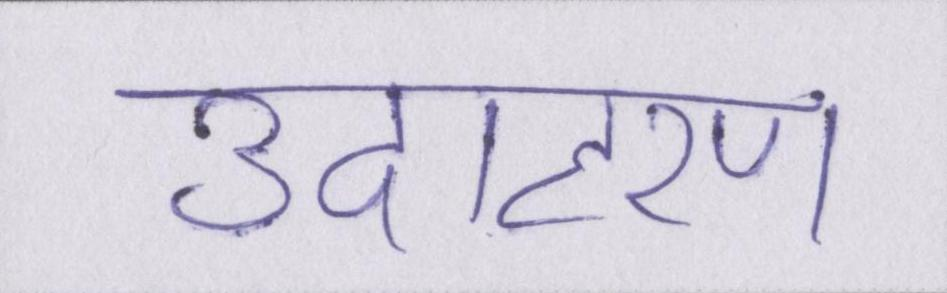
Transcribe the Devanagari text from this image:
उदाहरण